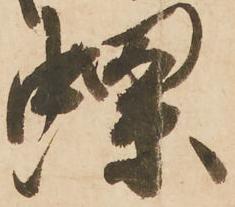
螺